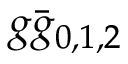
g \bar { g } _ { 0 , 1 , 2 }